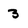
Character: 3